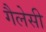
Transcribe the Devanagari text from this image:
गैलेसी